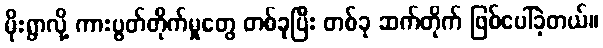
မိုးရွာလို့ ကားပွတ်တိုက်မှုတွေ တစ်ခုပြီး တစ်ခု ဆက်တိုက် ဖြစ်ပေါ်ခဲ့တယ်။